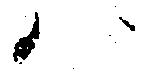
ハ